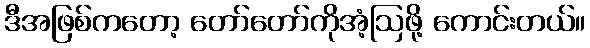
ဒီအဖြစ်ကတော့ တော်တော်ကိုအံ့ဩဖို့ ကောင်းတယ်။